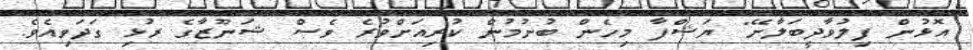
އޮޅުން ފިލުވާދީބަލާށޭ" ޔަޝްފާ މިހެން ބުނުމުން ކުރިއަށްވުރެ ވެސް ޝަނޫޒާގެ ރުޅި ގަދަވިއެވެ.